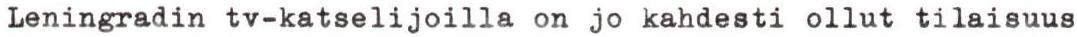
Leningradin tv-katselijoilla on jo kahdesti ollut tilaisuus